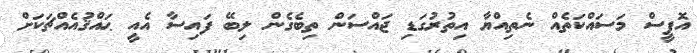
އޮފީސް މަސައްކަތެއް ނެތިއްޔާ އިތުރުގަޑި ޖައްސަން ތިބެގެން ލިބޭ ފައިސާ އެއީ ޙައްޤުއެއްޗަކަށް